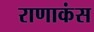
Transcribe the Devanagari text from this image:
राणाकंस